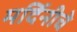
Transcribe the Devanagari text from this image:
मर्दिनीचे